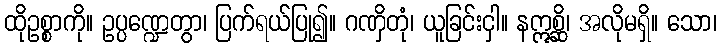
ထိုဥစ္စာကို။ ဥပ္ပဏ္ဍေတွာ၊ ပြက်ရယ်ပြု၍။ ဂဏှိတုံ၊ ယူခြင်းငှါ။ နဣစ္ဆိ၊ အလိုမရှိ။ သော၊